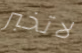
لاتخبر